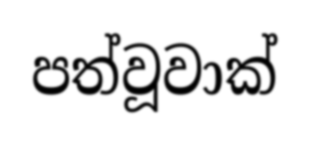
පත්වූවාක්